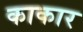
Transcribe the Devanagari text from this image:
काकार